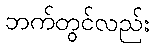
ဘက်တွင်လည်း